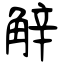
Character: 觪